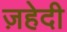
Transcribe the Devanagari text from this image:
ज़हेदी